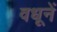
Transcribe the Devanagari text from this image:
वधूनें